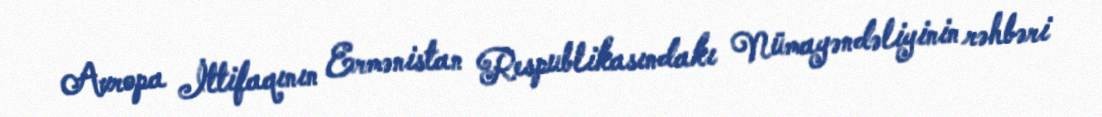
Avropa İttifaqının Ermənistan Respublikasındakı Nümayəndəliyinin rəhbəri